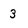
Character: 3